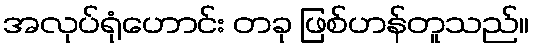
အလုပ်ရုံဟောင်း တခု ဖြစ်ဟန်တူသည်။